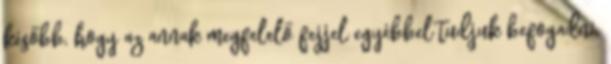
később, hogy az annak megfelelő fejjel egyébbel tudjuk befogadni.